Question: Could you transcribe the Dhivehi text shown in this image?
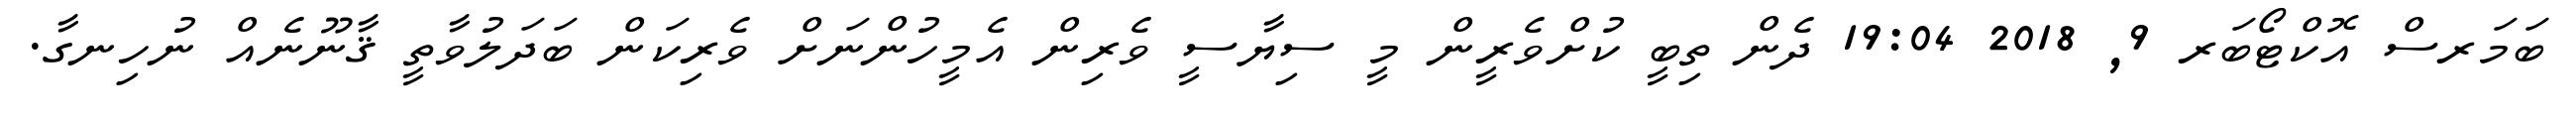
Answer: ބަމަރސް އޮކްޓޯބަރ 9, 2018 19:04 ދެން ތިބީ ކުށްވެރީން މީ ސިޔާސީ ވެރިން އެމީހުންނަށް ވެރިކަން ބަދަލުވާތީ ޤާނޫނެއް ނުހިނގާ.